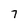
Character: 7